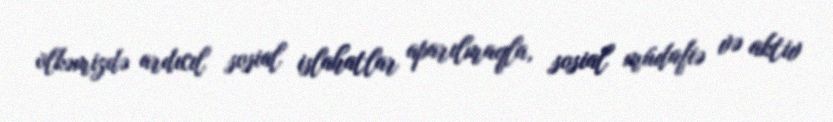
ölkəmizdə ardıcıl sosial islahatlar aparılmaqla, sosial müdafiə və aktiv